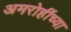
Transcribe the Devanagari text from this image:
अमरोहींच्या